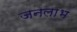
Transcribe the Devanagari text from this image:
जनलाभ